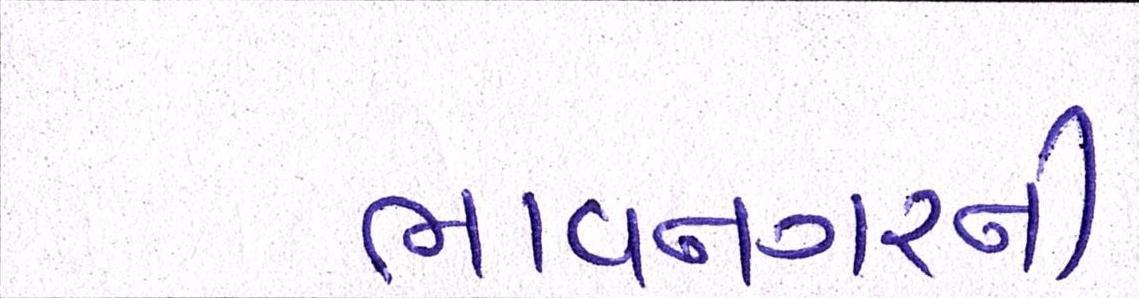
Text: ભાવનગરની